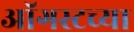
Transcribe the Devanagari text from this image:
आॅगस्टच्या